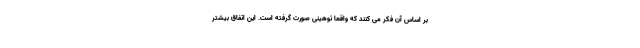
بر اساس آن فکر می کنند که واقعا توهینی صورت گرفته است. این اتفاق بیشتر